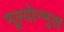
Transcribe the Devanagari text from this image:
मूल्योन्मुख